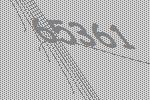
65361